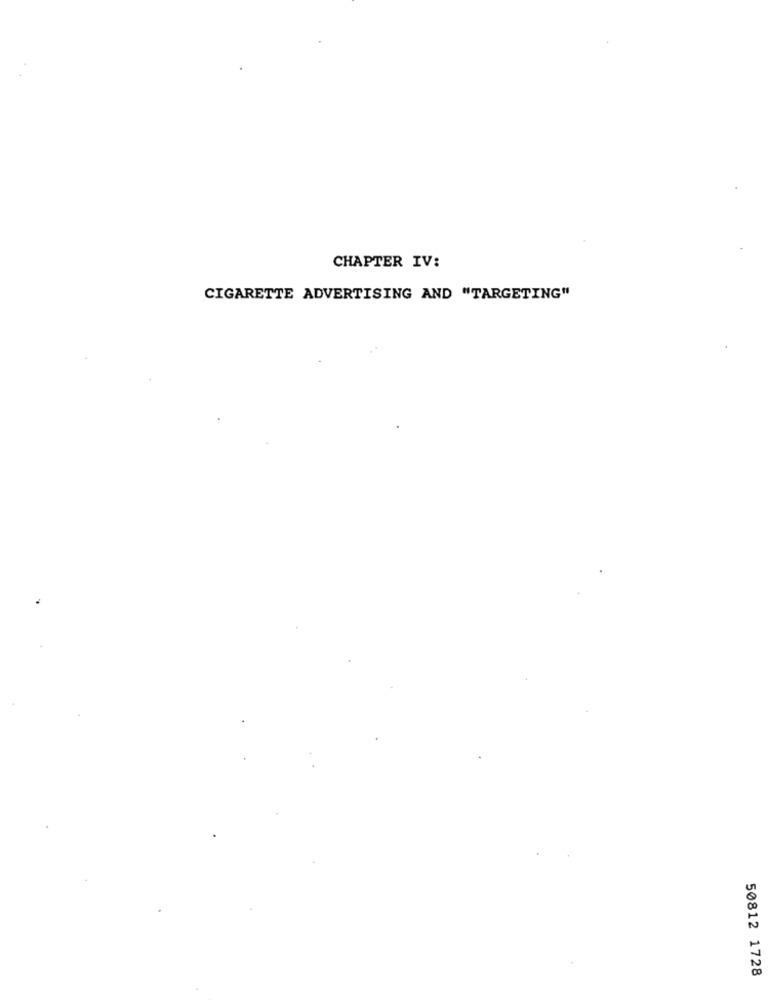
CHAPTER IV:
CIGARETTE ADVERTISING AND "TARGETING"
50812 1728